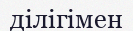
ділігімен